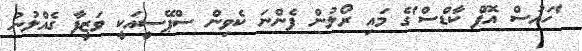
'ހައުސް އޮފް ކާޑްސް'ގެ މައި ރޯލުން ފެންނަ ކެވިން ސްޕޭސީއަކީ ވަޒީފާ ގެއްލުނު